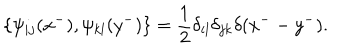
LaTeX: \{ \psi _ { i j } ( x ^ { - } ) , \psi _ { k l } ( y ^ { - } ) \} = \frac { 1 } { 2 } \delta _ { i l } \delta _ { j k } \delta ( x ^ { - } - y ^ { - } ) .